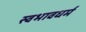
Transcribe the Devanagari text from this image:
स्वभावधर्म